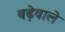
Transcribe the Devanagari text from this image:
बढ़ेवाले